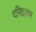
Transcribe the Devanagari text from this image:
दरिद्रतम